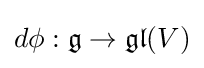
d\phi :{\mathfrak {g}}\to {\mathfrak {gl}}(V)